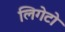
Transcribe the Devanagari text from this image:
लिगेटो